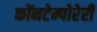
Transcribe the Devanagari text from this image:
कोंनटेम्पोरेरी